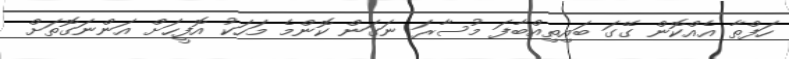
ހަފްތާ އެއްކޮން ގޭގަ ބައިތިއްބާފަ މުސާރަ ނަގަން ކޮންމެ މަހަކު އޮފީހަށް އަންނަގޮތަށް